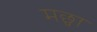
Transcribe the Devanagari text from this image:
मछ्वा